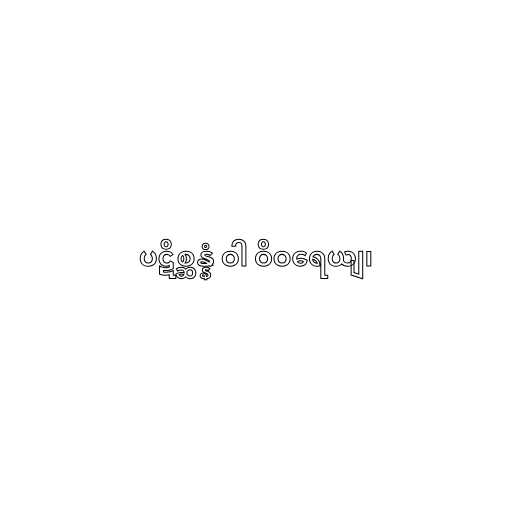
ပဋိစ္ဆန္နံ ဝါ ဝိဝရေယျ၊